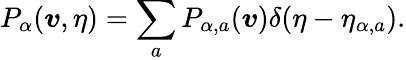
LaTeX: P_{\alpha}(\boldsymbol{v},\eta)=\sum_{a}P_{\alpha,a}(\boldsymbol{v})\delta(\eta-\eta_{\alpha,a}).